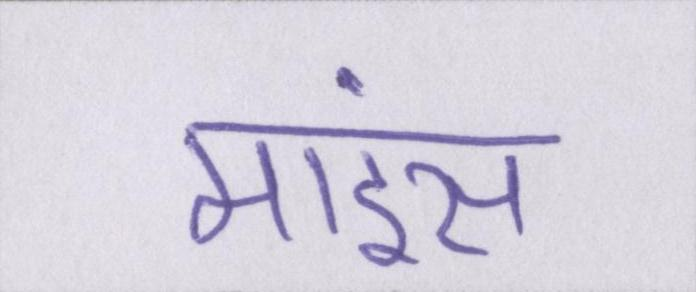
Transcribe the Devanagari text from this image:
माइंस